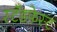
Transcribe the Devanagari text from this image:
स्टँडफेस्ट